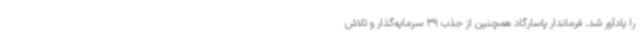
را یادآور شد. فرماندار پاسارگاد همچنین از جذب 39 سرمایه‌گذار و تلاش